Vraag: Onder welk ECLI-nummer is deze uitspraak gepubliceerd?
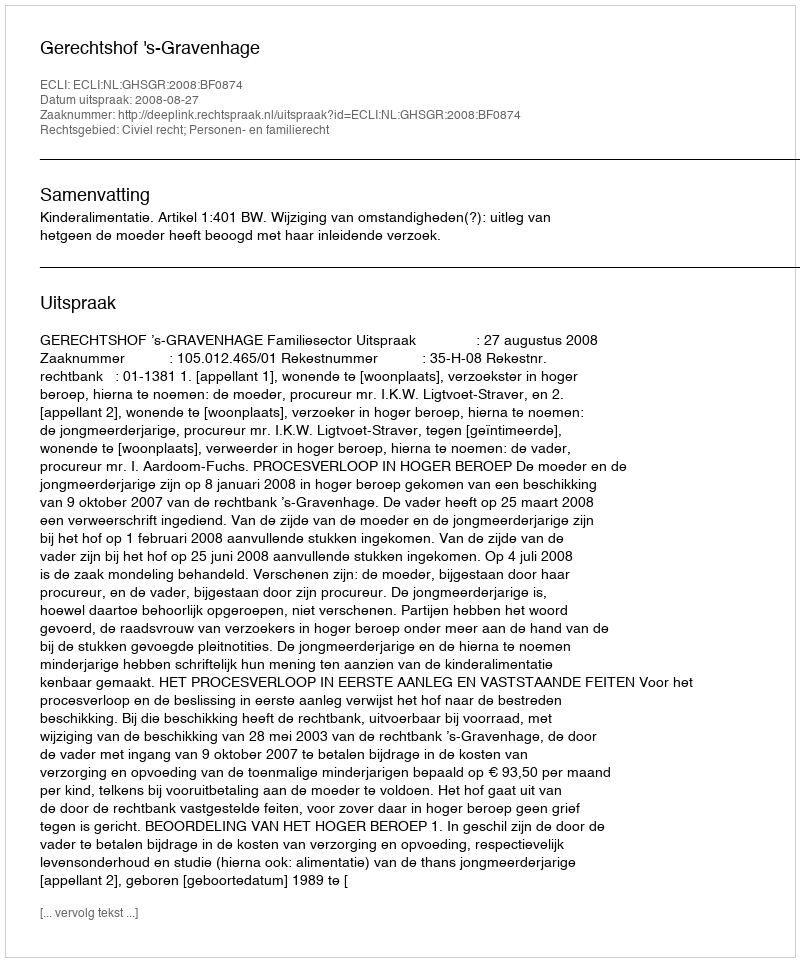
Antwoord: ECLI:NL:GHSGR:2008:BF0874